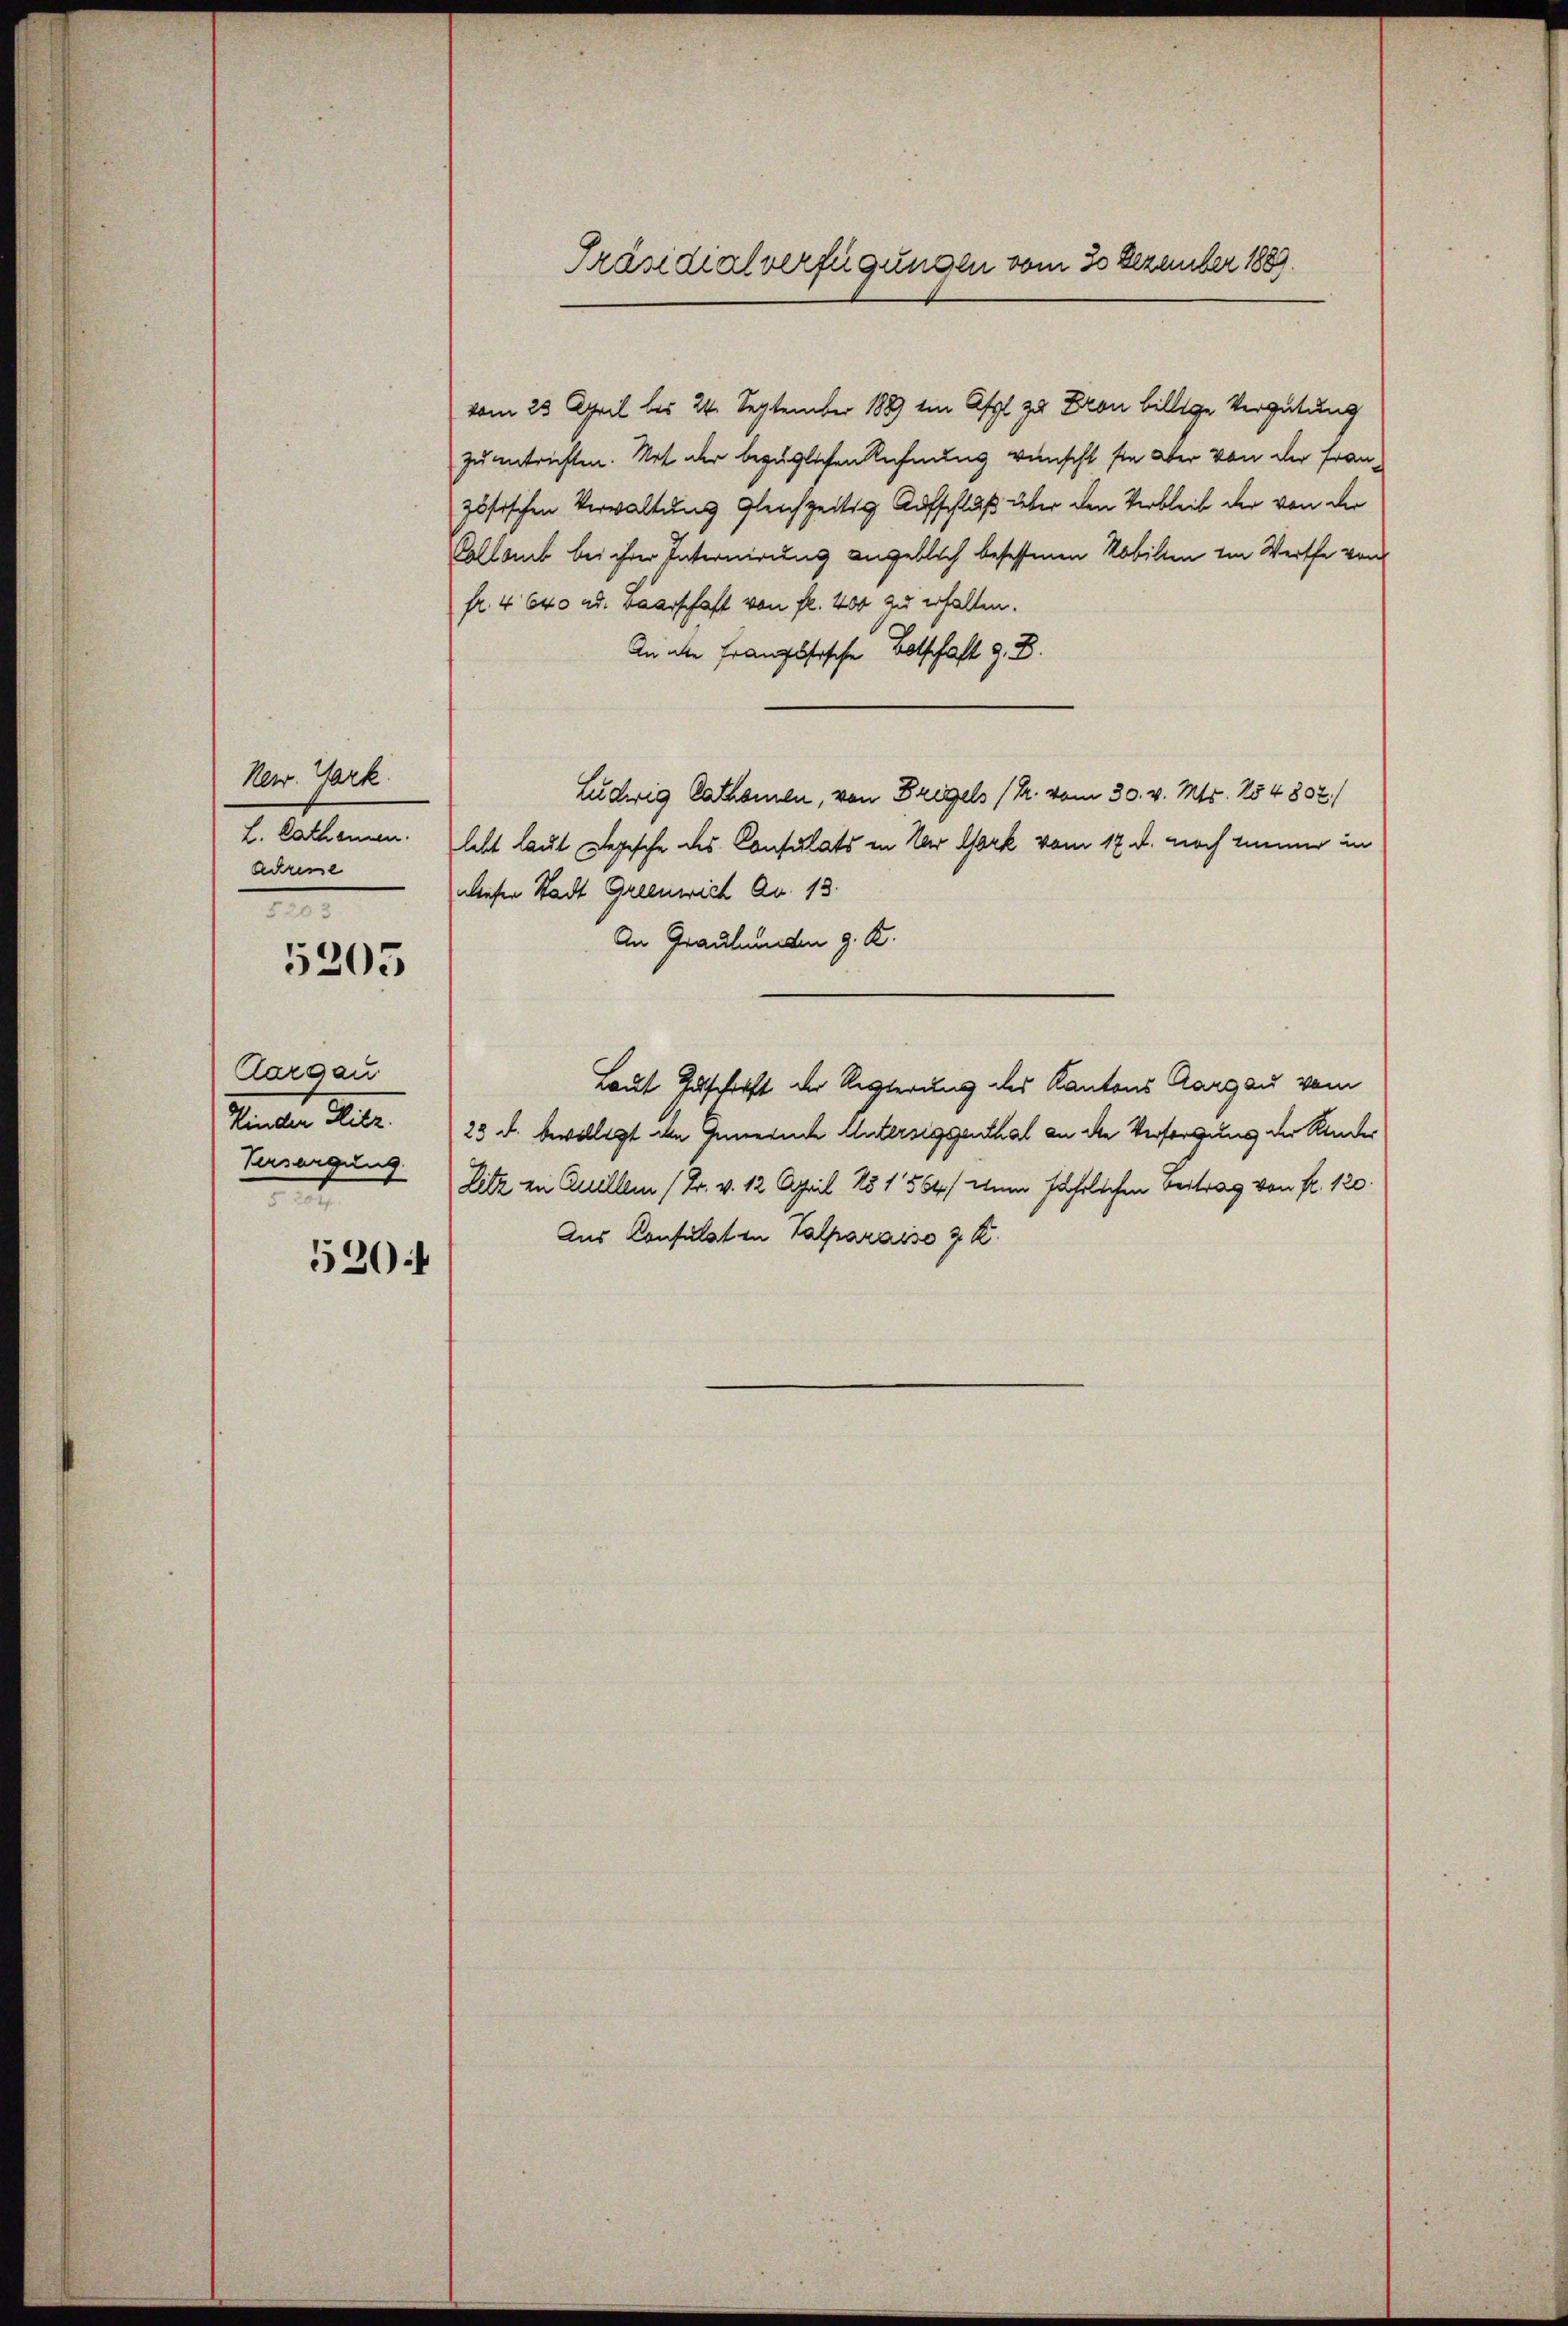
Nerr. Gark.
L. Cathanen.
Adresse
e

5205

Aargau
Kinder Hitz.
Versorgung
x

520

Präsidialverfügungen vom 30 Dezember 1889

vom 23. April bis 24. September 1889 in Asyl zu Fron billige Vergütung
zu entrichten. Mit der bezüglichen Rechnung wünscht sie aber von der Französischen Verwaltung gleichzeitig Aufschluß über den Verbleib der von der
Collamb bei ihrer Internirung angeblich besessenen Mobilten im Werthe von
fr. 4640 ad. Baarschaft von fl. 400 zu erhalten.
An die Französische Botschaft z. B.
Ludwig Rathsmen, von Bregels (R. vom 30. v. Mts. 154807)
lebt laut Regische des Consulats in der Gark vom 17. d. noch meiner in
wieser Stadt Grienwich Ao. 13.
An Graubünden g. K.
Laut Zuschrift der Regierung des Kantons Aargau vom
23 d. bewilligt in Innernde Untersiggenthal an die Versorgung der Kinder
Litz in Quellen (Br. v. 12 April 181564/ eine fährlichen Beitrag von fr. 120
Aus Consulat in Talparaiso z. K.